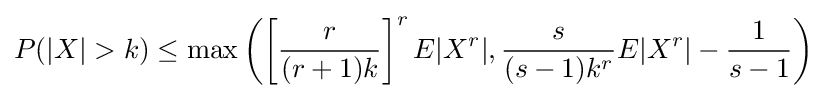
P(|X|>k)\leq \max \left(\left[{\frac {r}{(r+1)k}}\right]^{r}E|X^{r}|,{\frac {s}{(s-1)k^{r}}}E|X^{r}|-{\frac {1}{s-1}}\right)